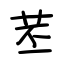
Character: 苤